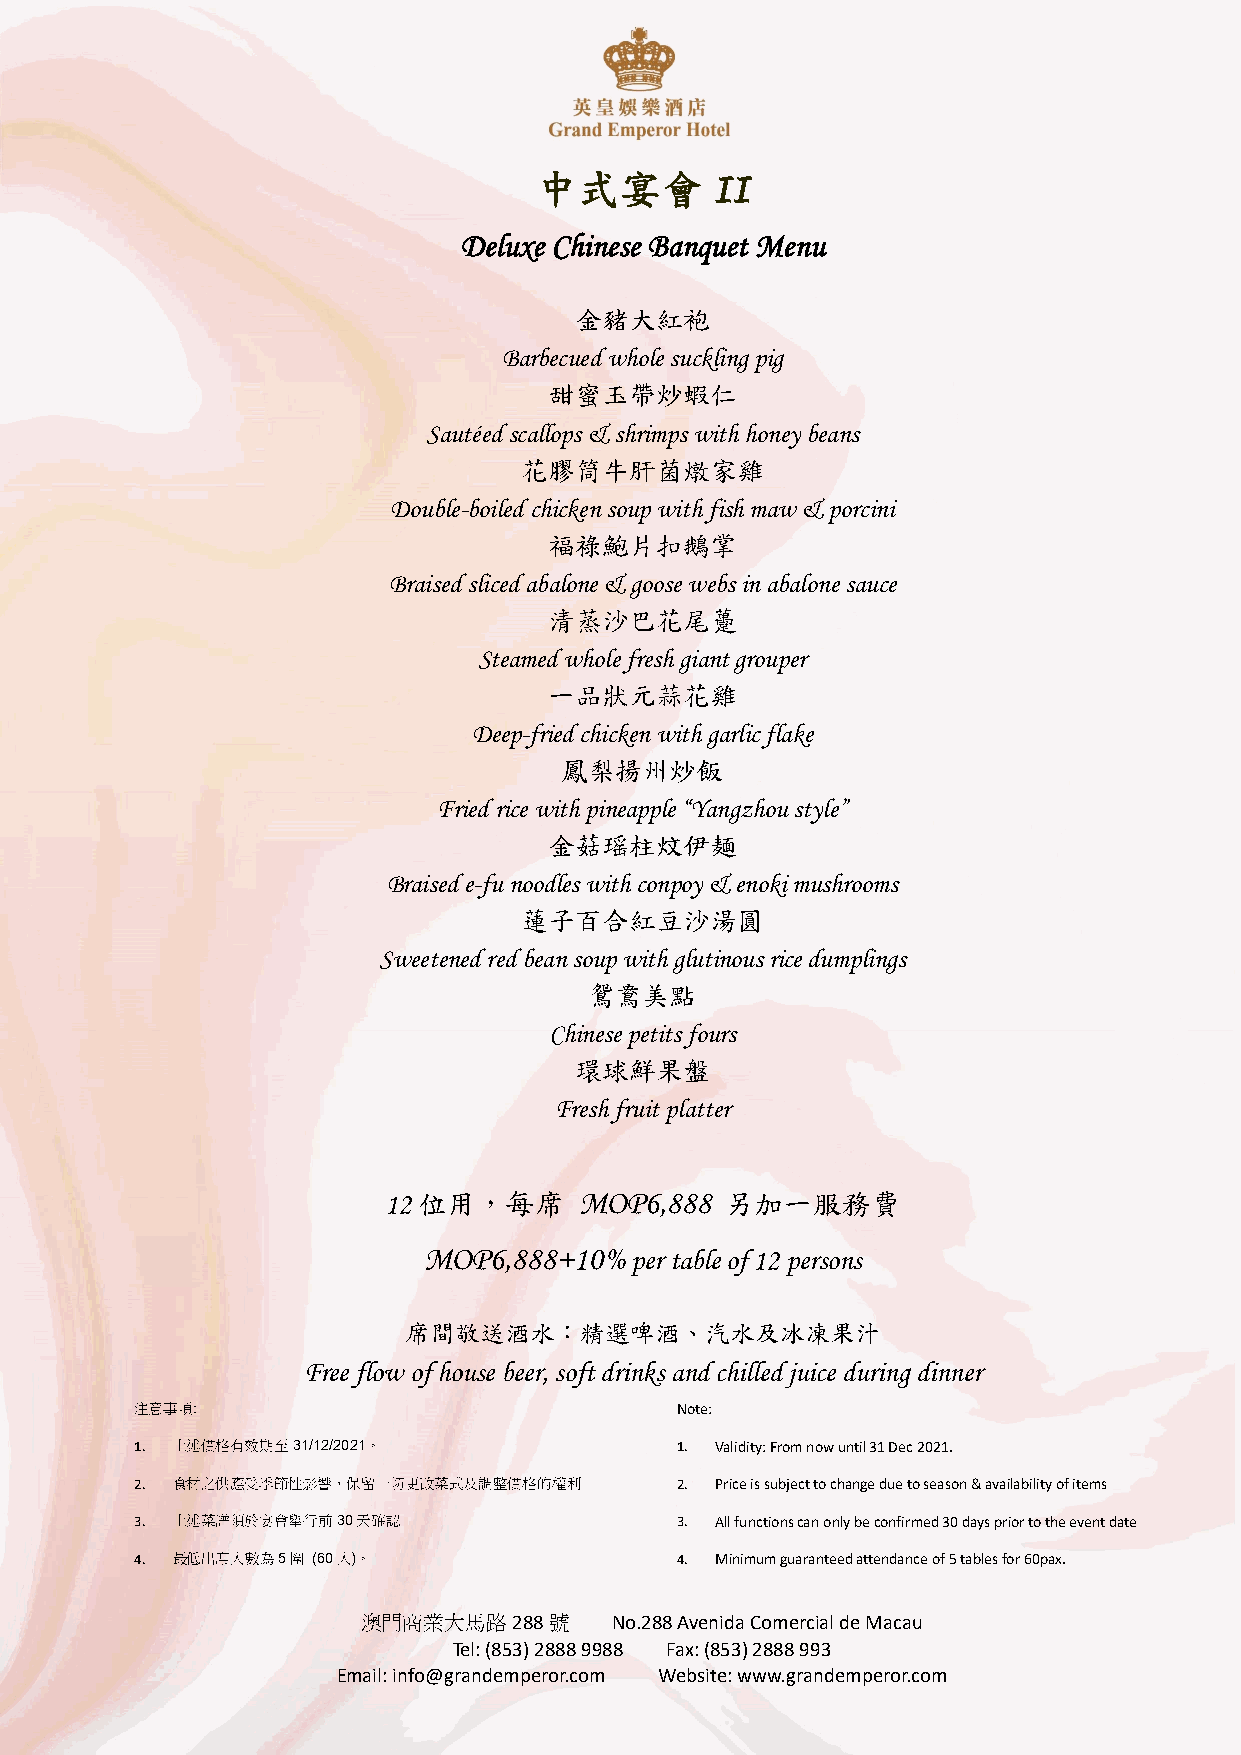
中式宴會
 II
 Deluxe Chinese Banquet Menu
 金豬大紅袍
 Barbecued whole suckling pig
 甜蜜玉帶炒蝦仁
 Sautéed scallops & shrimps with honey beans
 花膠筒牛肝菌燉家雞
 Double-boiled chicken soup with fish maw & porcini
 福祿鮑片扣鵝掌
 Braised sliced abalone & goose webs in abalone sauce
 清蒸沙巴花尾躉
 Steamed whole fresh giant grouper
 一品狀元蒜花雞
 Deep-fried chicken with garlic flake
 鳳梨揚州炒飯
 Fried rice with pineapple “Yangzhou style”
 金菇瑶柱炆伊麺
 Braised e-fu noodles with conpoy & enoki mushrooms
 蓮子百合紅豆沙湯圓
 Sweetened red bean soup with glutinous rice dumplings
 鴛鴦美點
 Chinese petits fours
 環球鮮果盤
 Fresh fruit platter
 12 位用，每席     MOP6,888  另加一服務費
 MOP6,888+10%  per table of 12 persons
 席間敬送酒水：精選啤酒、汽水及冰凍果汁
 Free flow of house beer, soft drinks and chilled juice during dinner
 注意事項:                               Note:
 1. 上述價格有效期至31/12/2021。              1. Validity: From now until 31 Dec 2021.
 2. 食材之供應受季節性影響，保留一切更改菜式及調整價格的權利     2. Price is subject to change due to season & availability of items
 3. 上述菜譜須於宴會舉行前30天確認                 3. All functions can only be confirmed 30 days prior to the event date
 4. 最低出席人數為5圍 (60人)。                 4. Minimum guaranteed attendance of 5 tables for 60pax.
 澳門商業大馬路288號     No.288 Avenida Comercial de Macau
 Tel: (853) 2888 9988 Fax: (853) 2888 993
 Email: info@grandemperor.com Website: www.grandemperor.com